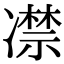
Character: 凚